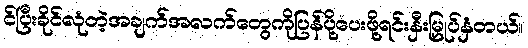
င်ပြီးခိုင်လုံတဲ့အချက်အလက်တွေကိုပြန်ပို့ပေးဖို့ရင်းနှီးမြှုပ်နှံတယ်။